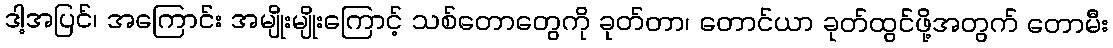
ဒါ့အပြင်၊ အကြောင်း အမျိုးမျိုးကြောင့် သစ်တောတွေကို ခုတ်တာ၊ တောင်ယာ ခုတ်ထွင်ဖို့အတွက် တောမီး